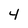
Character: 4